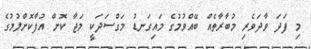
މި ފަދަ ވާދަވެރި މުބާރާތެއް ބޭއްވުމުގެ މައިގަނޑު މަގްސަދަކީ މަޖާ ކޮށް އުފާކޮށްލުމުގެ